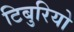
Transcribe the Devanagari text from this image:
टिबुरियो